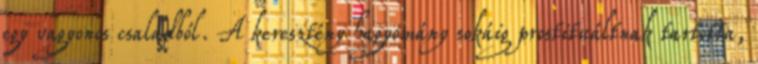
egy vagyonos családból. A keresztény hagyomány sokáig prostituáltnak tartotta,